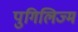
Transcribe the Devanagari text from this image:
पुगिलिज्म